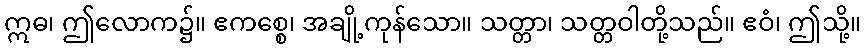
ဣဓ၊ ဤလောက၌။ ဧကစ္စေ၊ အချို့ကုန်သော။ သတ္တာ၊ သတ္တဝါတို့သည်။ ဧဝံ၊ ဤသို့။